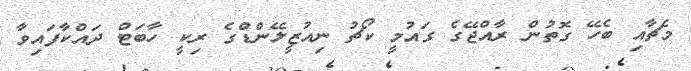
މެޗާއި ބެހޭ ގޮތުން ރާއްޖޭގެ ގައުމީ ކޯޗު ނިއުޒީލޭންޑްގެ ރިކީ ހާބަޓް ދައްކާފައިވާ